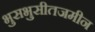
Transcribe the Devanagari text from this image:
भुसभुसीतजमीन